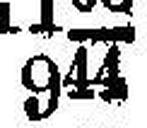
944